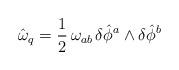
LaTeX: \begin{align*}\hat{\omega}_q = \frac{1}{2} \, \omega_{ab} \, \delta \hat{\phi}^a\wedge \delta \hat{\phi}^b\end{align*}